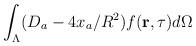
LaTeX: \begin{align*}\int_{\Lambda}(D_a-4x_a/R^2)f({\bf r},\tau)d\Omega\end{align*}